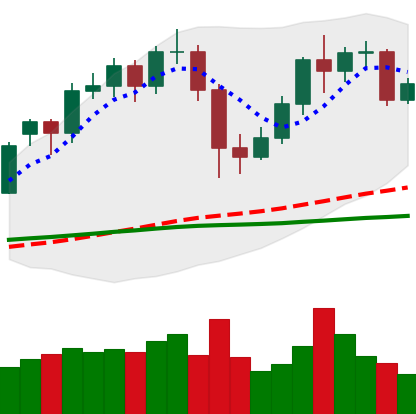
Ticker: LTC-USD
Chart end date: 2020-12-05
Forward return: -9.973%
Label: down_7plus